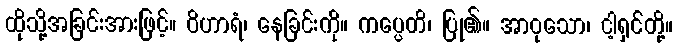
ထိုသို့အခြင်းအားဖြင့်။ ဝိဟာရံ၊ နေခြင်းကို။ ကပ္ပေတိ၊ ပြု၏။ အာဝုသော၊ ငါ့ရှင်တို့။